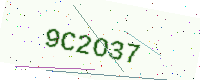
Text: 9C2O37